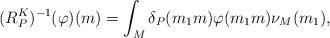
LaTeX: \begin{align*} (R_P^K)^{-1}(\varphi)(m) = \int_M \delta_P(m_1 m)\varphi(m_1 m) \nu_{M}(m_1), \end{align*}